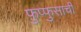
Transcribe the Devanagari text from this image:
फुप्फुसाची